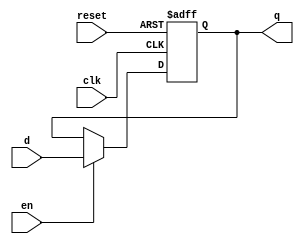
// This program was cloned from: https://github.com/siliconcompiler/scgallery
// License: Apache License 2.0

`timescale 1ns/1ns
module flopenr #(parameter WIDTH = 8)
   (input                  clk, reset,
    input                  en,
    input      [WIDTH-1:0] d, 
    output reg [WIDTH-1:0] q);
   
   always @(posedge clk, posedge reset)
     if      (reset) q <= 0;
     else if (en)    q <= d;

endmodule // flopenr